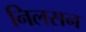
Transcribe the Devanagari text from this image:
निलसन